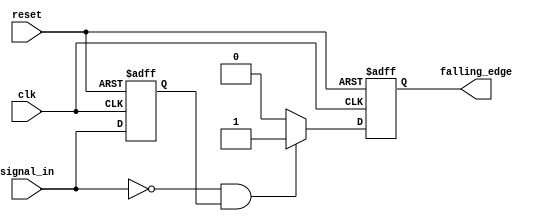
module falling_edge_detector (
    input wire clk,            // Clock input
    input wire reset,          // Asynchronous reset input
    input wire signal_in,      // Input signal to monitor
    output reg falling_edge    // Output signal indicating falling edge
);

    // Memory block to store the previous state of the input signal
    reg previous_state;

    // Always block triggered on the rising edge of the clock or reset
    always @(posedge clk or posedge reset) begin
        if (reset) begin
            // Initialize the previous state and output on reset
            previous_state <= 1'b0;
            falling_edge <= 1'b0;
        end else begin
            // Edge detection logic
            if (signal_in == 1'b0 && previous_state == 1'b1) begin
                falling_edge <= 1'b1;  // Falling edge detected
            end else begin
                falling_edge <= 1'b0;  // No falling edge
            end
            
            // Update the previous state with the current input signal
            previous_state <= signal_in;
        end
    end

endmodule